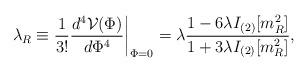
LaTeX: \begin{align*}\lambda_R\equiv {\frac {1}{3!}}{\frac {d^4 {\cal V}(\Phi)}{d \Phi^4}} \biggr |_{\Phi=0}= \lambda{\frac {1-6\lambda I_{(2)}[m_R^2]} {1+3\lambda I_{(2)}[m_R^2]}} ,\end{align*}